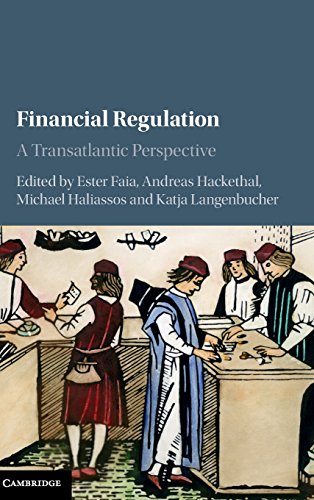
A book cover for Financial Regulation: A Transatlantic Perspective; Law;